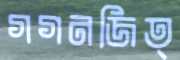
গগনজিত্